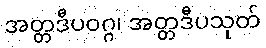
အတ္တဒီပဝဂ္ဂ၊ အတ္တဒီပသုတ်